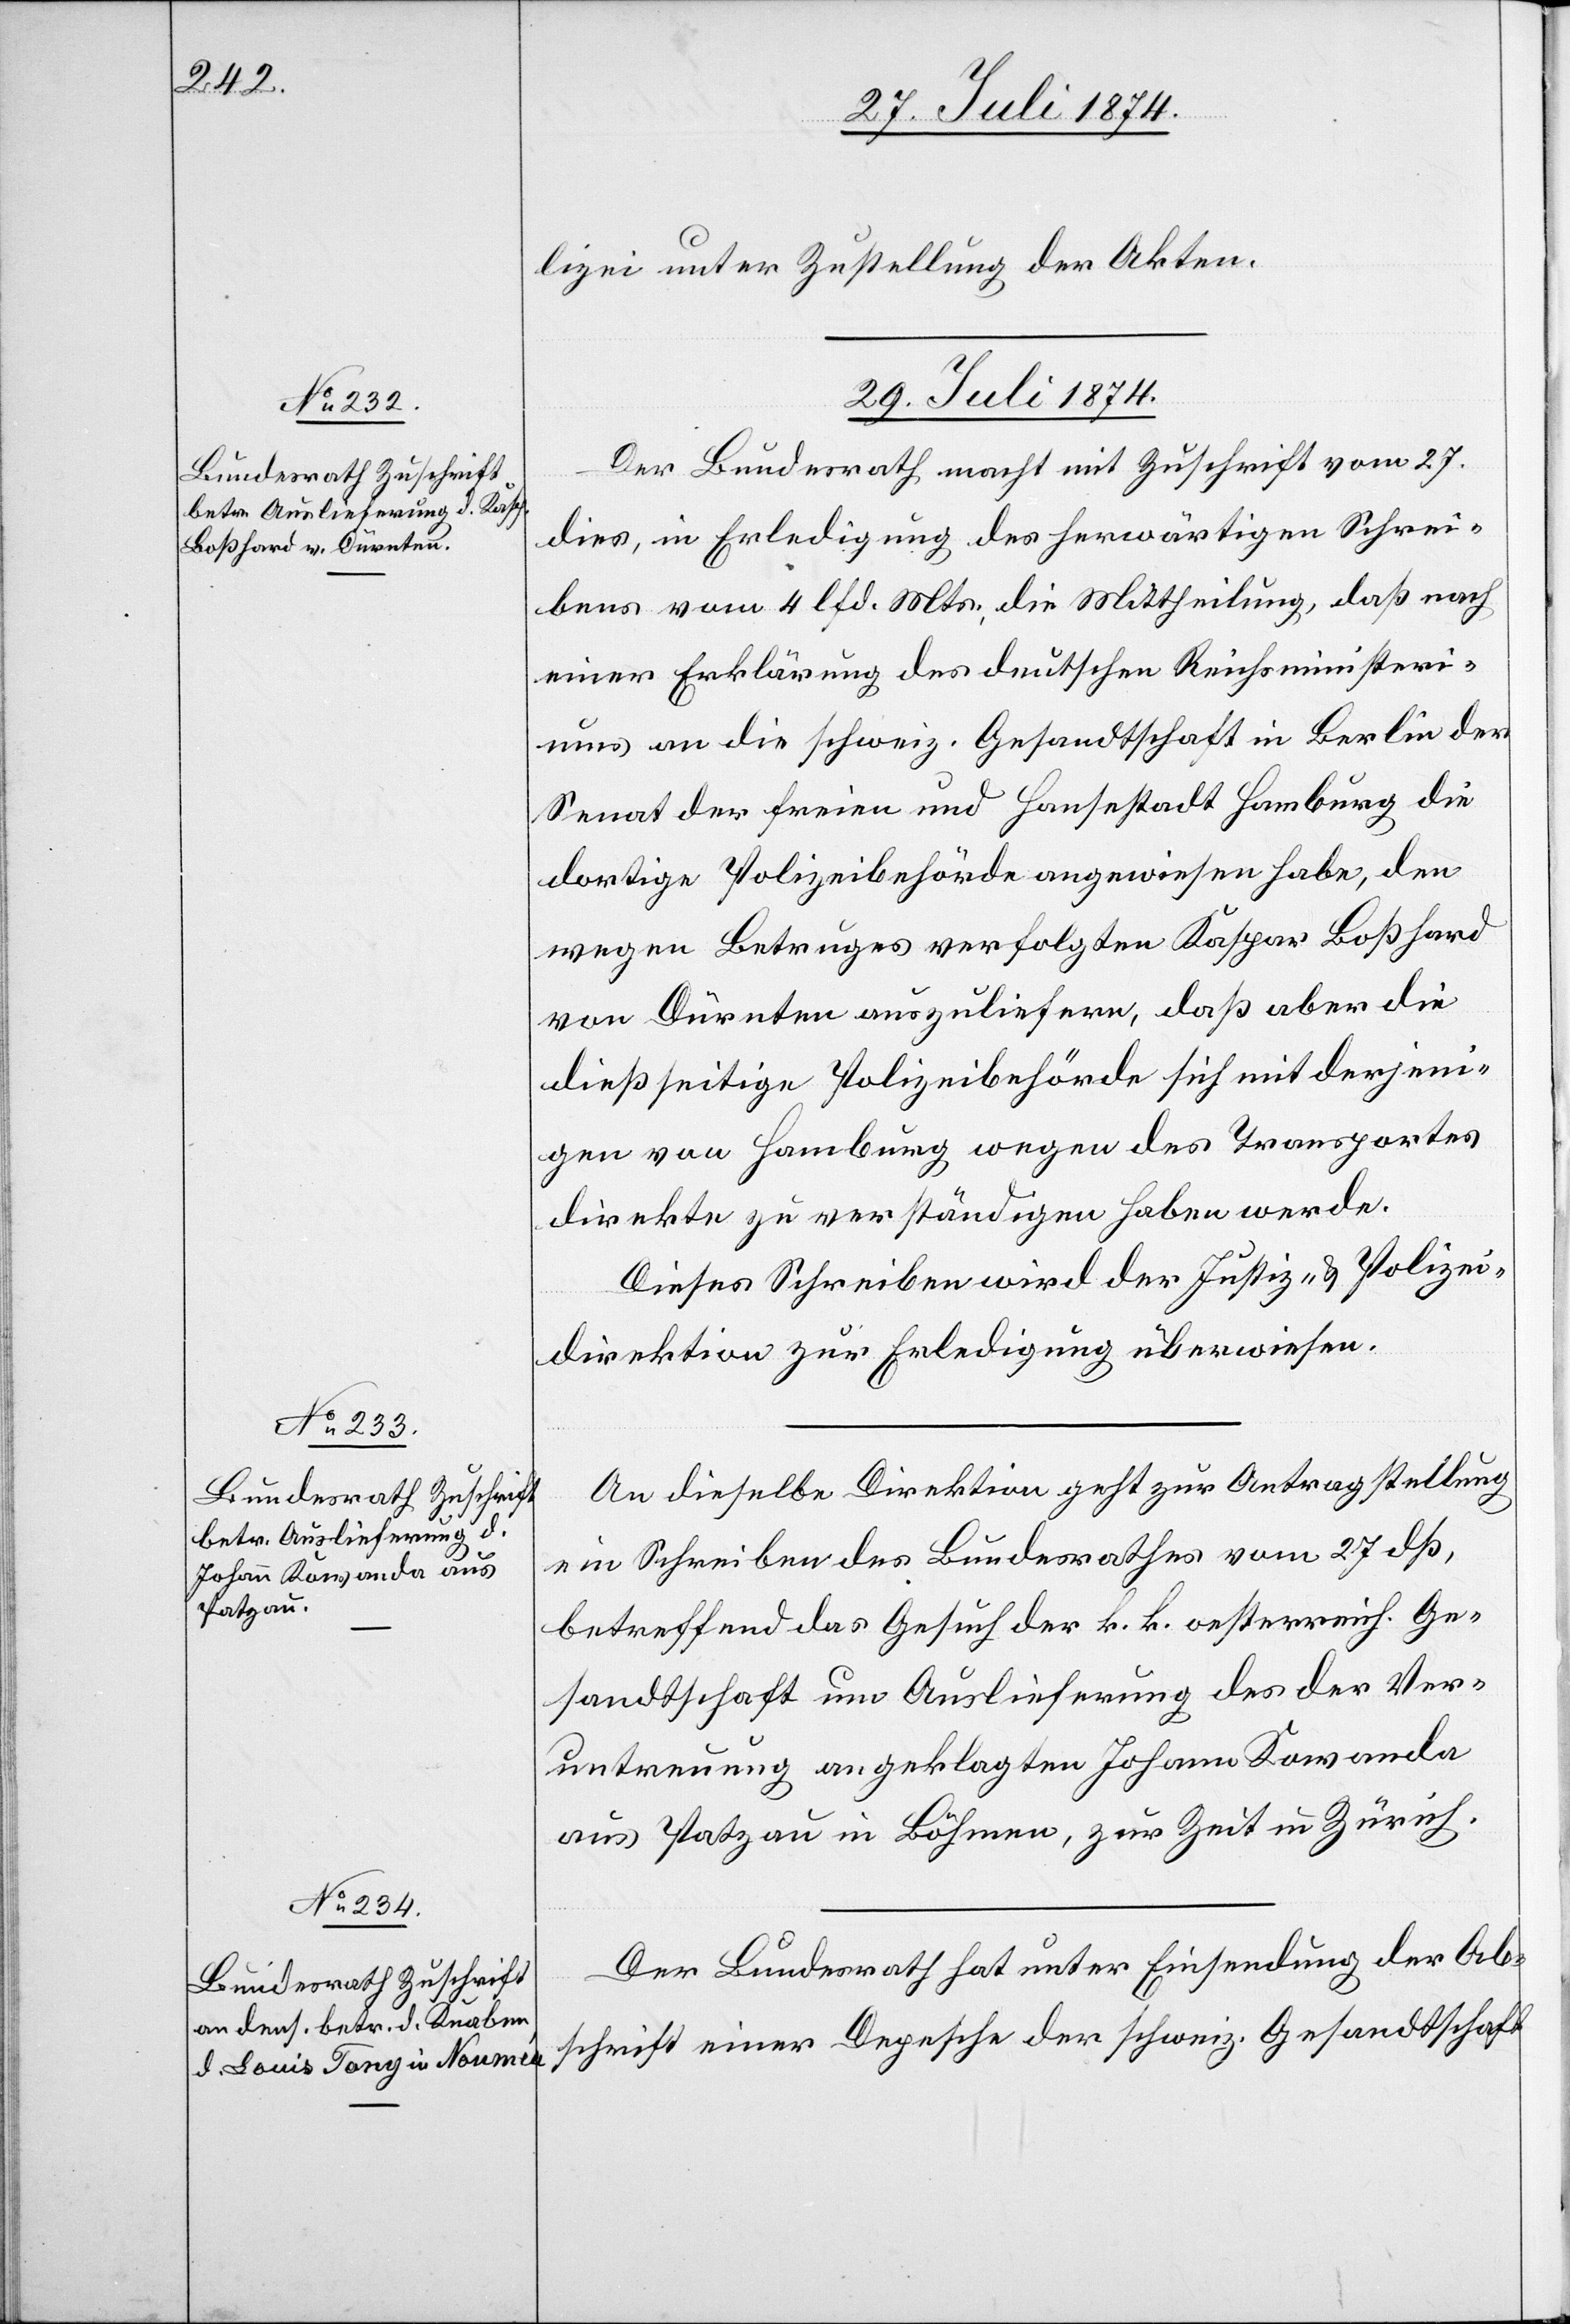
lizei unter Zustellung der Akten.
29. Juli 1874.]
Der Bundesrath macht mit Zuschrift vom 27.
dies, in Erledigung des herwärtigen Schrei¬
bens vom 4. lfd. Mts., die Mittheilung, daß nach
einer Erklärung des deutschen Reichsministeri¬
ums an die schweiz. Gesandtschaft in Berlin der
Senat der freien und Hansestadt Hamburg die
dortige Polizeibehörde angewiesen habe, den
wegen Betruges verfolgten Kaspar Boßhard
von Dürnten auszuliefern, daß aber die
dießseitige Polizeibehörde sich mit derjeni¬
gen von Hamburg wegen des Transportes
direkte zu verständigen haben werde.
Dieses Schreiben wird der Justiz- u. Polizei¬
direktion zur Erledigung überwiesen.
An dieselbe Direktion geht zur Antragstellung
ein Schreiben des Bundesrathes vom 27. dß,
betreffend das Gesuch der k. k. oesterreich. Ge¬
sandtschaft um Auslieferung des der Ver¬
untreuung angeklagten Johann Kowanda
aus Patzau in Böhmen, zur Zeit in Zürich.
Der Bundesrath hat unter Einsendung der Ab¬
schrift einer Depesche der schweiz. Gesandtschaft